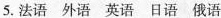
5.法语 外语 英语 日语 俄语